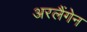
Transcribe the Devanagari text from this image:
अरलैंगेन